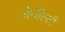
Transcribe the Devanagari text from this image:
चेनॉल्टी